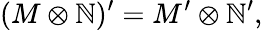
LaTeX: (M\otimes\mathbb{N})^{\prime}=M^{\prime}\otimes\mathbb{N}^{\prime},